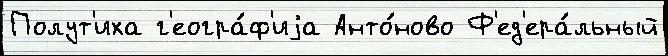
Полут'иха г'еогра́ф'иjа Анто́ново Ф'ед'ера́льный